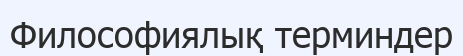
Философиялық терминдер